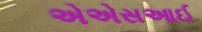
એએસઆઈ